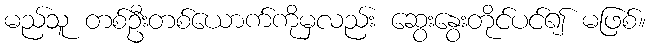
မည်သူ တစ်ဦးတစ်ယောက်ကိုမှလည်း ဆွေးနွေးတိုင်ပင်၍ မဖြစ်။